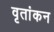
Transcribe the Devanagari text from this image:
वृतांकन